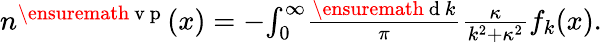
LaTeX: \begin{array}{r}{n^{\ensuremath{\mathrm{~v~p~}}}(x)=-\! \int_{0}^{\infty}\! \frac{\ensuremath{\mathrm{~d~}}k}{\pi}\frac{\kappa}{k^{2}+\kappa^{2}}f_{k}(x).}\end{array}